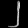
Digit: ၂